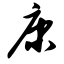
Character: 康